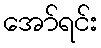
အော်ရင်း